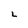
Character: 2